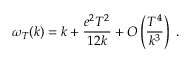
\omega _ { T } ( k ) = k + \frac { e ^ { 2 } T ^ { 2 } } { 1 2 k } + { \cal O } \left( \frac { T ^ { 4 } } { k ^ { 3 } } \right) \; .